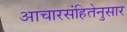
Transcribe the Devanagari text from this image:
आचारसंहितेनुसार